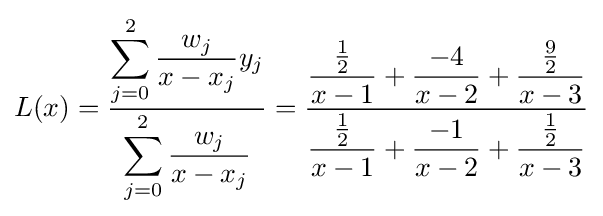
L(x)={\frac {\displaystyle \sum _{j=0}^{2}{\frac {w_{j}}{x-x_{j}}}y_{j}}{\displaystyle \sum _{j=0}^{2}{\frac {w_{j}}{x-x_{j}}}}}={\frac {\displaystyle {\frac {\tfrac {1}{2}}{x-1}}+{\frac {-4}{x-2}}+{\frac {\tfrac {9}{2}}{x-3}}}{\displaystyle {\frac {\tfrac {1}{2}}{x-1}}+{\frac {-1}{x-2}}+{\frac {\tfrac {1}{2}}{x-3}}}}